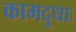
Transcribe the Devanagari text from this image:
कामदुधाः